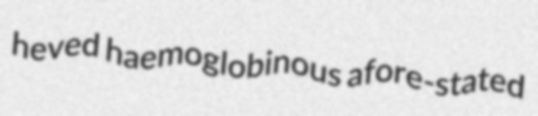
heved haemoglobinous afore-stated